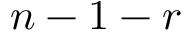
n - 1 - r